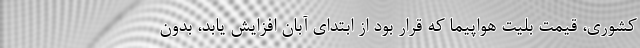
کشوری، قیمت بلیت هواپیما که قرار بود از ابتدای آبان افزایش یابد، بدون